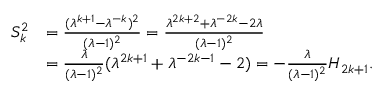
\begin{array} { r l } { S _ { k } ^ { 2 } } & { = \frac { ( \lambda ^ { k + 1 } - \lambda ^ { - k } ) ^ { 2 } } { ( \lambda - 1 ) ^ { 2 } } = \frac { \lambda ^ { 2 k + 2 } + \lambda ^ { - 2 k } - 2 \lambda } { ( \lambda - 1 ) ^ { 2 } } } \\ & { = \frac { \lambda } { ( \lambda - 1 ) ^ { 2 } } ( \lambda ^ { 2 k + 1 } + \lambda ^ { - 2 k - 1 } - 2 ) = - \frac { \lambda } { ( \lambda - 1 ) ^ { 2 } } H _ { 2 k + 1 } . } \end{array}